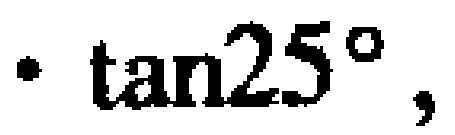
$\tan25^{\circ}$，